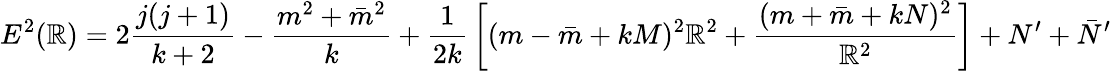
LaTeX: E^{2}(\mathbb{R})=2{\frac{{j(j+1)}}{{k+2}}}-{\frac{{m^{2}+\bar{{m}}^{2}}}{{k}}}+{\frac{{1}}{{2k}}}\left[(m-\bar{{m}}+kM)^{2}\mathbb{R}^{2}+{\frac{{(m+\bar{{m}}+kN)^{2}}}{{\mathbb{R}^{2}}}}\right]+N^{\prime}+\bar{{N}}^{\prime}